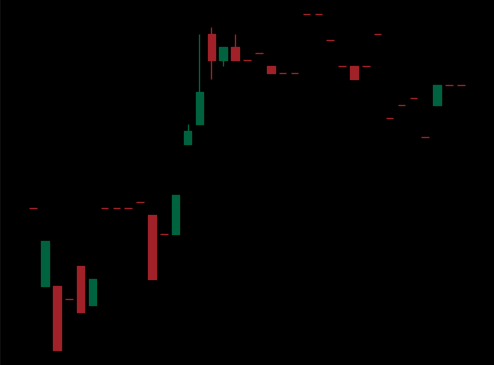
Pattern: bear_flag